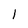
Character: l